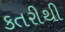
કતરીથી